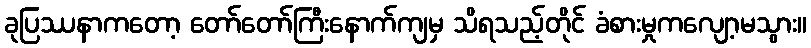
ခုပြဿနာကတော့ တော်တော်ကြီးနောက်ကျမှ သိရသည့်တိုင် ခံစားမှုကလျော့မသွား။